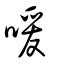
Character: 喛